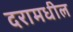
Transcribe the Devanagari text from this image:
दरामधील